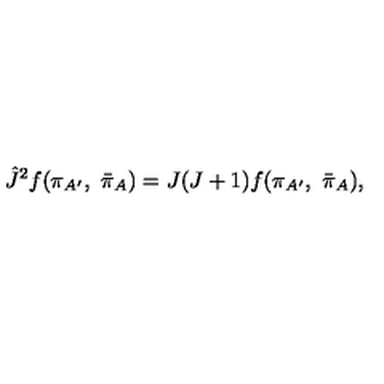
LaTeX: { \hat { J } } ^ { 2 } f ( \pi _ { A ^ { \prime } } , \ { \bar { \pi } } _ { A } ) = J ( J + 1 ) f ( \pi _ { A ^ { \prime } } , \ { \bar { \pi } } _ { A } ) ,